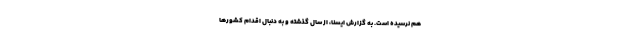
هم نرسیده است. به گزارش ایسنا، از سال گذشته و به دنبال اقدام کشورها